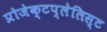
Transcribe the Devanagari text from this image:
प्रोजेक्टप्लेलिस्ट